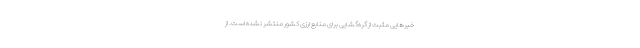
خبرهایی مثبت از گره‌گشایی برای منابع ارزی کشور منتشر نشده است. از